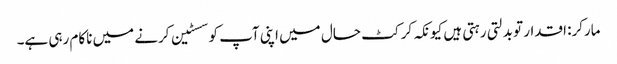
مارکر: اقدار تو بدلتی رہتی ہیں کیونکہ کرکٹ حال میں اپنی آپ کو سسٹین کرنے میں ناکام رہی ہے۔